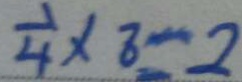
\frac { 1 } { 4 } \times 8 = 2